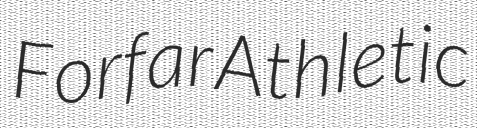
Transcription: Forfar Athletic